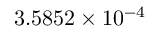
3 . 5 8 5 2 \times 1 0 ^ { - 4 }